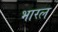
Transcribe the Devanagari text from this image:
भारल